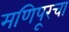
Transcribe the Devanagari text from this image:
मणिपूरचा